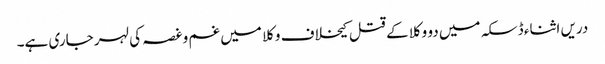
دریں اثناء ڈسکہ میں دو وکلا کے قتل کیخلاف وکلا میں غم و غصہ کی لہر جاری ہے۔